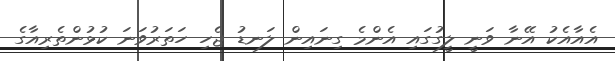
އެއާއެކު އޭނާ ވަނީ ލީގުގައި އެންމެ ގިނައިން ލަނޑު ޖެހި ހަތަރުވަނަ ކުޅުންތެރިއާގެ